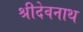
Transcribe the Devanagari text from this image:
श्रीदेवनाथ